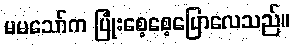
မမသော်က ပြုံးစေ့စေ့ပြောလေသည်။